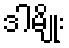
ဒါမျိုး